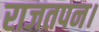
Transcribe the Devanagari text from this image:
राजतपन।